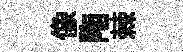
像陁棘